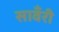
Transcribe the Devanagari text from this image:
सावँरी